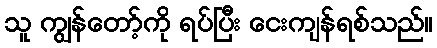
သူ ကျွန်တော့်ကို ရပ်ပြီး ငေးကျန်ရစ်သည်။